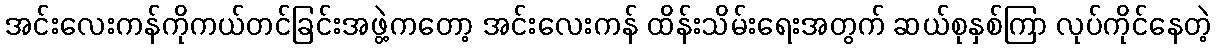
အင်းလေးကန်ကိုကယ်တင်ခြင်းအဖွဲ့ကတော့ အင်းလေးကန် ထိန်းသိမ်းရေးအတွက် ဆယ်စုနှစ်ကြာ လုပ်ကိုင်နေတဲ့